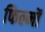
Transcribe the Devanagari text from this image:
फिल्मोंं